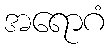
အရောဂံ